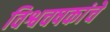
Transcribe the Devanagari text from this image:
विश्वचषकांचे